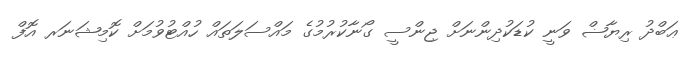
ޢަބްދު ރިޔާޟް ވަނީ ކުޑަކުދިންނަށް ޖިންސީ ގޯނާކުރުމުގެ މައްސަލަތައް ހުއްޓުވުމަށް ކޮމިޝަނަރ އޮފް